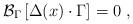
LaTeX: \begin{align*}{\cal B}_\Gamma \left[ \Delta (x)\cdot \Gamma \right] =0\,\,,\end{align*}